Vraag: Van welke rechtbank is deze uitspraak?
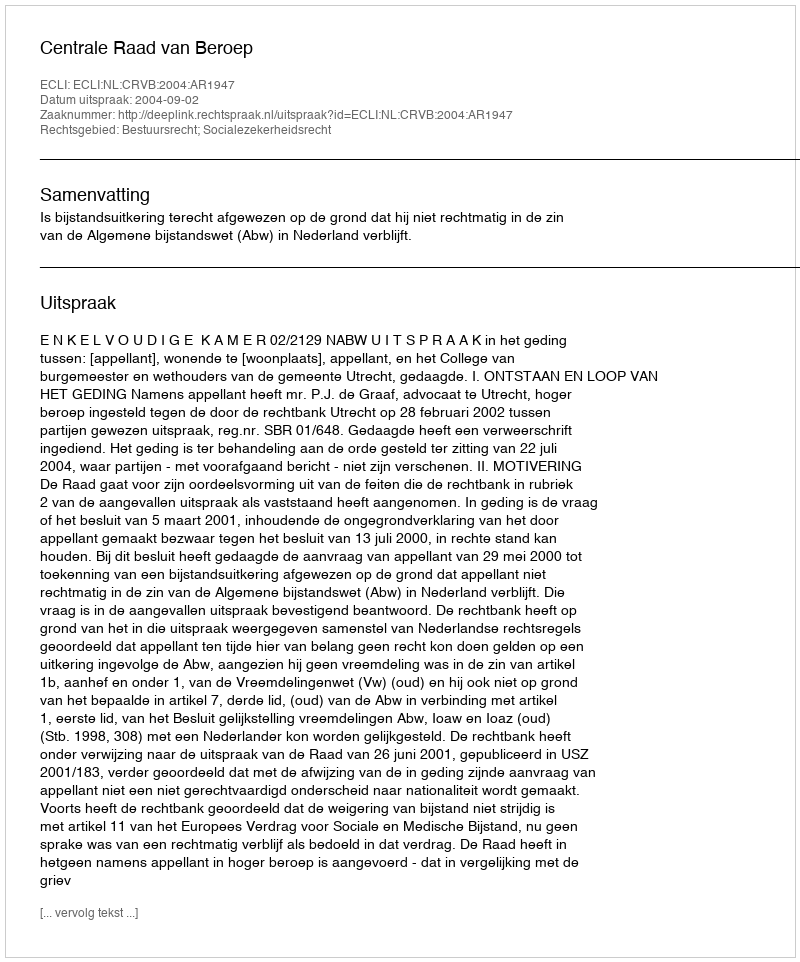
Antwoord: Centrale Raad van Beroep